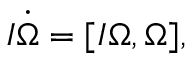
\begin{array} { r } { I \dot { \boldsymbol \Omega } = [ I { \boldsymbol \Omega } , { \boldsymbol \Omega } ] , } \end{array}